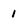
Character: 1